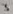
Text: 3